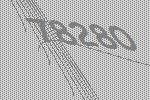
78280